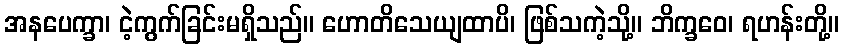
အနပေက္ခာ၊ ငဲ့ကွက်ခြင်းမရှိသည်။ ဟောတိသေယျထာပိ၊ ဖြစ်သကဲ့သို့။ ဘိက္ခဝေ၊ ရဟန်းတို့။